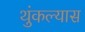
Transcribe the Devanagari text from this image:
थुंकल्यास